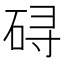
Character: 𱳾